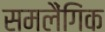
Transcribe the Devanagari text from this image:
समलैंगिंक